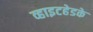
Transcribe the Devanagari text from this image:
व्हाइटहेडके